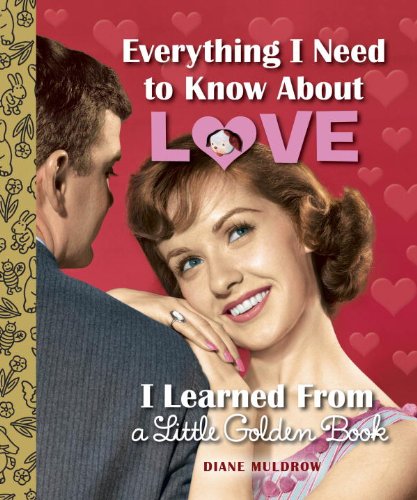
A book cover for Everything I Need to Know About Love I Learned From a Little Golden Book; Diane Muldrow; Humor & Entertainment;